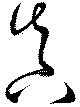
真